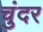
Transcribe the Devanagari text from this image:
चुंदर